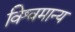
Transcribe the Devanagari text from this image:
विश्वमान्य